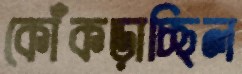
কোঁকড়াচ্ছিল